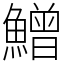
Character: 鱛